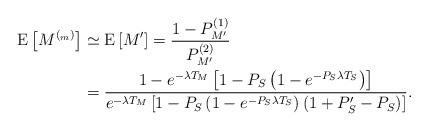
LaTeX: \begin{align*}\textrm{E}\left[ M^{(_m)}\right] &\simeq \textrm{E}\left[ M' \right] = \frac{1-P_{M'}^{(1)}}{P_{M'}^{(2)}}\\&=\frac{1-e^{-\lambda T_{M}}\left[1-P_S\left(1-e^{-P_S\lambda T_S}\right)\right]}{e^{-\lambda T_{M}}\left[1-P_S\left(1-e^{-P_S\lambda T_S}\right)\left(1+P_S'-P_S\right) \right]}.\end{align*}